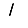
Digit: 1